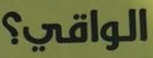
الواقي؟